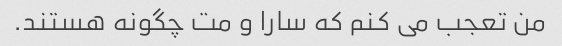
من تعجب می کنم که سارا و مت چگونه هستند.